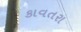
કાવતરા